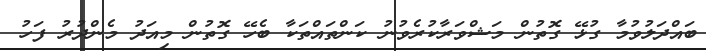
ބައްދަލުވުމާ ގުޅޭ ގޮތުން މަޝްވަރާކުރެވުނު ކަންތައްތަކާ ބެހޭ ގޮތުން މިއަދު މެންދުރު ފަހު